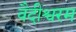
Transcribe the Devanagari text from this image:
वैदीश्वरम